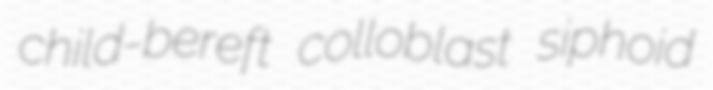
child-bereft colloblast siphoid